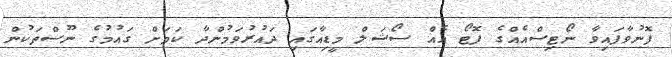
ފޮނުވާފައިވާ ނޯޓިސްއެއްގެ ފޮޓޯ އެއް ސޯޝަލް މީޑިއާގައި ދައުރުވަމުންދާ ކަމަށް ގައުމުގެ ނޫސްތަކުން